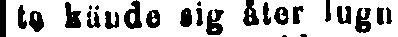
ta kände sig åter lugnt.